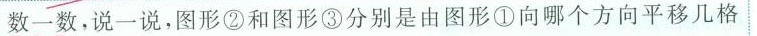
数一数，说一说，图形②和图形③分别是由图形①向哪个方向平移几格